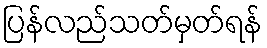
ပြန်လည်သတ်မှတ်ရန်